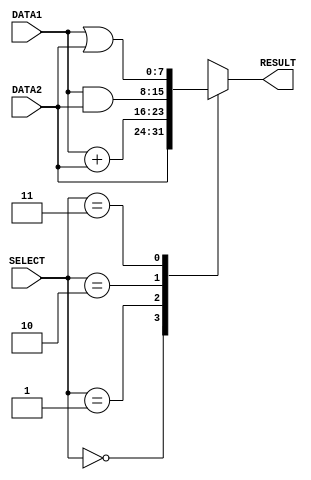

module alu(DATA1, DATA2, RESULT, SELECT);	//defining the alu module

	//declearing input & output variables as bit sequences
	input [7:0] DATA1,DATA2;	//DATA1,DATA2 are 8 bit sequences
	input [2:0] SELECT;		//SELECT is 3 bit sequence
	output [7:0] RESULT;	//RESULT is 8 bit sequence
	reg [7:0] RESULT;	//declearing output as reg type


	always @(DATA1, DATA2, SELECT) begin	//ALU is sensitive for DATA1,DATA2,SELECT

		case(SELECT)	//select various operations based on the SELECT bits

		3'b000	:	 #1 RESULT = DATA2;					//move & loadi
		3'b001  :    #2 RESULT = DATA1 + DATA2;			//add & sub
		3'b010  :    #1 RESULT = DATA1 & DATA2;			//bitwise AND
		3'b011  :    #1 RESULT = DATA1 | DATA2;			//bitwise OR
		default :    RESULT = 8'bxxxxxxxx;    		//Reserved for future functional units,not implemented yet
													//denoted by 'xxxxxxxx'

		endcase

		//handling the not implemented funtions
		if(SELECT[2] == 1'b1 )begin

			$display($time," Not Implemented");

		end

	end

endmodule